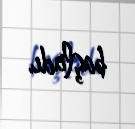
başladı.